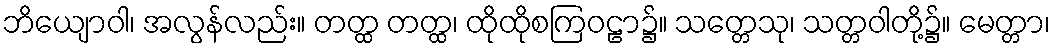
ဘိယျောဝါ၊ အလွန်လည်း။ တတ္ထ တတ္ထ၊ ထိုထိုစကြဝဠာ၌။ သတ္တေသု၊ သတ္တဝါတို့၌။ မေတ္တာ၊